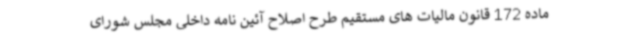
ماده 172 قانون مالیات های مستقیم طرح اصلاح آئین نامه داخلی مجلس شورای